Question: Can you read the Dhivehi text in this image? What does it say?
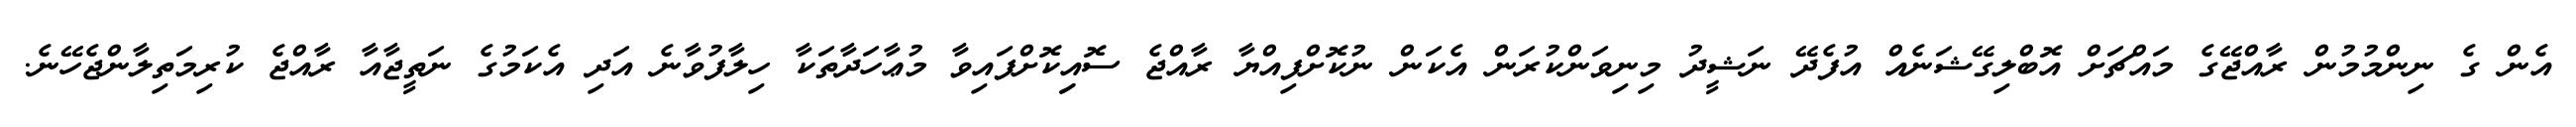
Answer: އެން ގެ ނިންމުމުން ރާއްޖޭގެ މައްޗަށް އޮބްލިގޭޝަނެއް އުފެދޭ ނަޝީދު މިނިވަންކުރަން އެކަން ނުކޮށްފިއްޔާ ރާއްޖެ ސޮއިިކޮށްފައިވާ މުޢާހަދާތަކާ ހިލާފުވާނެ އަދި އެކަމުގެ ނަތީޖާއާ ރާއްޖެ ކުރިމަތިލާންޖެހޭނެ.